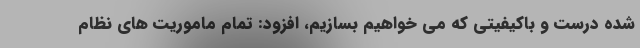
شده درست و باکیفیتی که می خواهیم بسازیم، افزود: تمام ماموریت های نظام